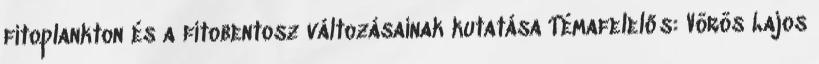
fitoplankton és a fitobentosz változásainak kutatása Témafelelős: Vörös Lajos